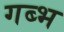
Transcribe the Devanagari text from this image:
गब्भ